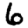
Digit: 6